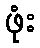
ဖုံး